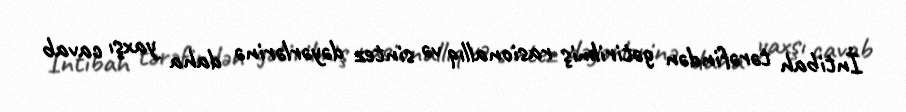
İntibah tərəfindən gətirilmiş rasionallıq və sintez dəyərlərinə daha yaxşı cavab